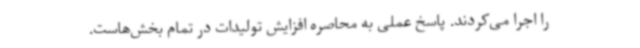
را اجرا می‌کردند. پاسخ عملی به محاصره افزایش تولیدات در تمام بخش‌هاست.